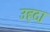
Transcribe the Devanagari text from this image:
उहदा